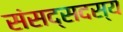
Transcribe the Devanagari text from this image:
संसद्सदस्य